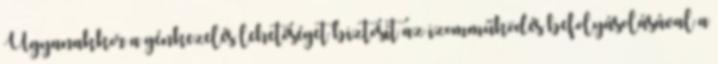
Ugyanakkor a génkezelés lehetőséget biztosít az izomműködés befolyásolásával a